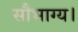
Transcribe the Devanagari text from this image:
सौभाग्य।